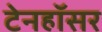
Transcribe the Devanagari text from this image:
टेनहॉसर